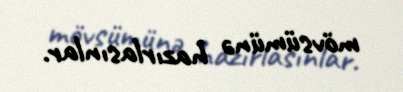
mövsümünə hazırlasınlar.